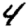
Digit: 4